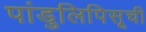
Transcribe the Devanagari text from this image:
पांडुलिपिसूची